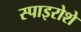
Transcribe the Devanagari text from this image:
स्पाइरोशे